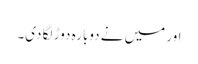
اور میں نے دوبارہ دوڑ لگا دی۔